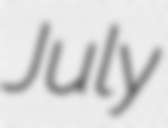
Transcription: July